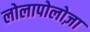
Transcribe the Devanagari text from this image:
लोलापोलोज़ा